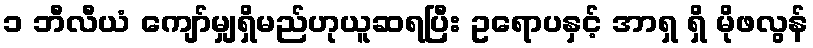
၁ ဘီလီယံ ကျော်မျှရှိမည်ဟုယူဆရပြီး ဥရောပနှင့် အာရှ ရှိ မိုဖလွန်